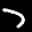
Label: 7